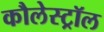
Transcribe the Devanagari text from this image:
कौलेस्ट्रॉल